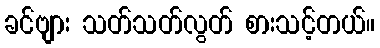
ခင်ဗျား သတ်သတ်လွတ် စားသင့်တယ်။